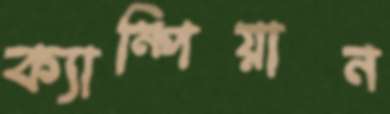
ক্যাম্পিয়ান